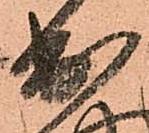
出